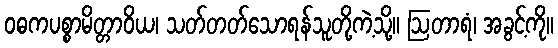
ဝဓကပစ္စာမိတ္တာဝိယ၊ သတ်တတ်သောရန်သူတို့ကဲ့သို့။ ဩတာရံ၊ အခွင့်ကို။